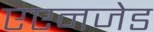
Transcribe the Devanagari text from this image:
एएनजेड